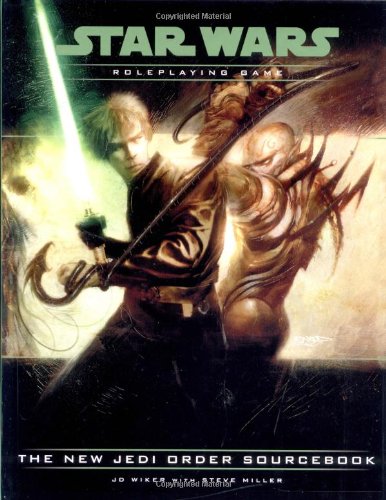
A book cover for The New Jedi Order Sourcebook (Star Wars Roleplaying Game); J.D. Wiker; Science Fiction & Fantasy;